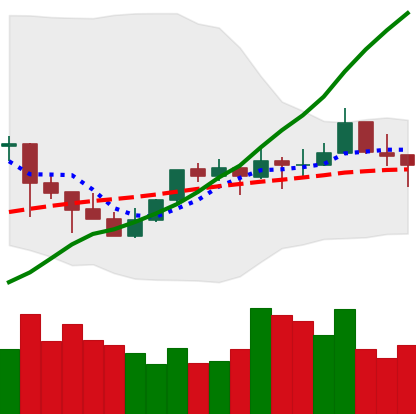
Ticker: TRX-USD
Chart end date: 2021-10-12
Forward return: 3.331%
Label: up_3_5